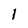
Character: 1